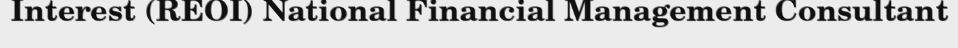
Interest (REOI) National Financial Management Consultant